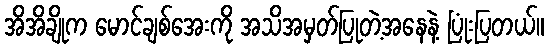
အိအိချိုက မောင်ချစ်အေးကို အသိအမှတ်ပြုတဲ့အနေနဲ့ ပြုံးပြတယ်။